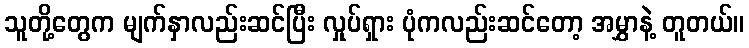
သူတို့တွေက မျက်နှာလည်းဆင်ပြီး လှုပ်ရှား ပုံကလည်းဆင်တော့ အမွှာနဲ့ တူတယ်။